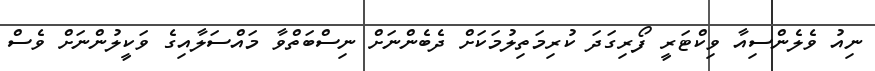
ނިއު ވެލެންސިއާ ވިކްޓަރީ ފޯރިގަދަ ކުރިމަތިލުމަކަށް ދެބެންނަށް ނިސްބަތްވާ މައްސަލާއިގެ ވަކީލުންނަށް ވެސް